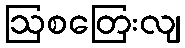
ဩစတြေးလျ